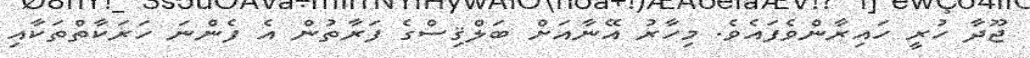
ޖޫދާ ހުރީ ހައިރާންވެފައެވެ. މިހާރު އޭނާއަށް ބަލްޤިސްގެ ފަރާތުން އެ ފެންނަ ހަރަކާތްތަކާއި